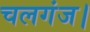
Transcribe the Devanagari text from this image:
चलगंज।